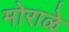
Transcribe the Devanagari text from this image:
मोराळे